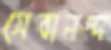
সেবানন্দ